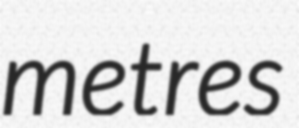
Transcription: metres